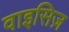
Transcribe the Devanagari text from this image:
वाइसिज़